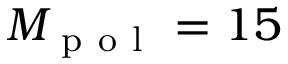
M _ { \mathrm { ~ p ~ o ~ l ~ } } = 1 5